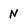
Character: N